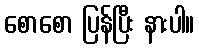
စောစော ပြန်ပြီး နားပါ။